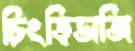
চিংড়িভাজি